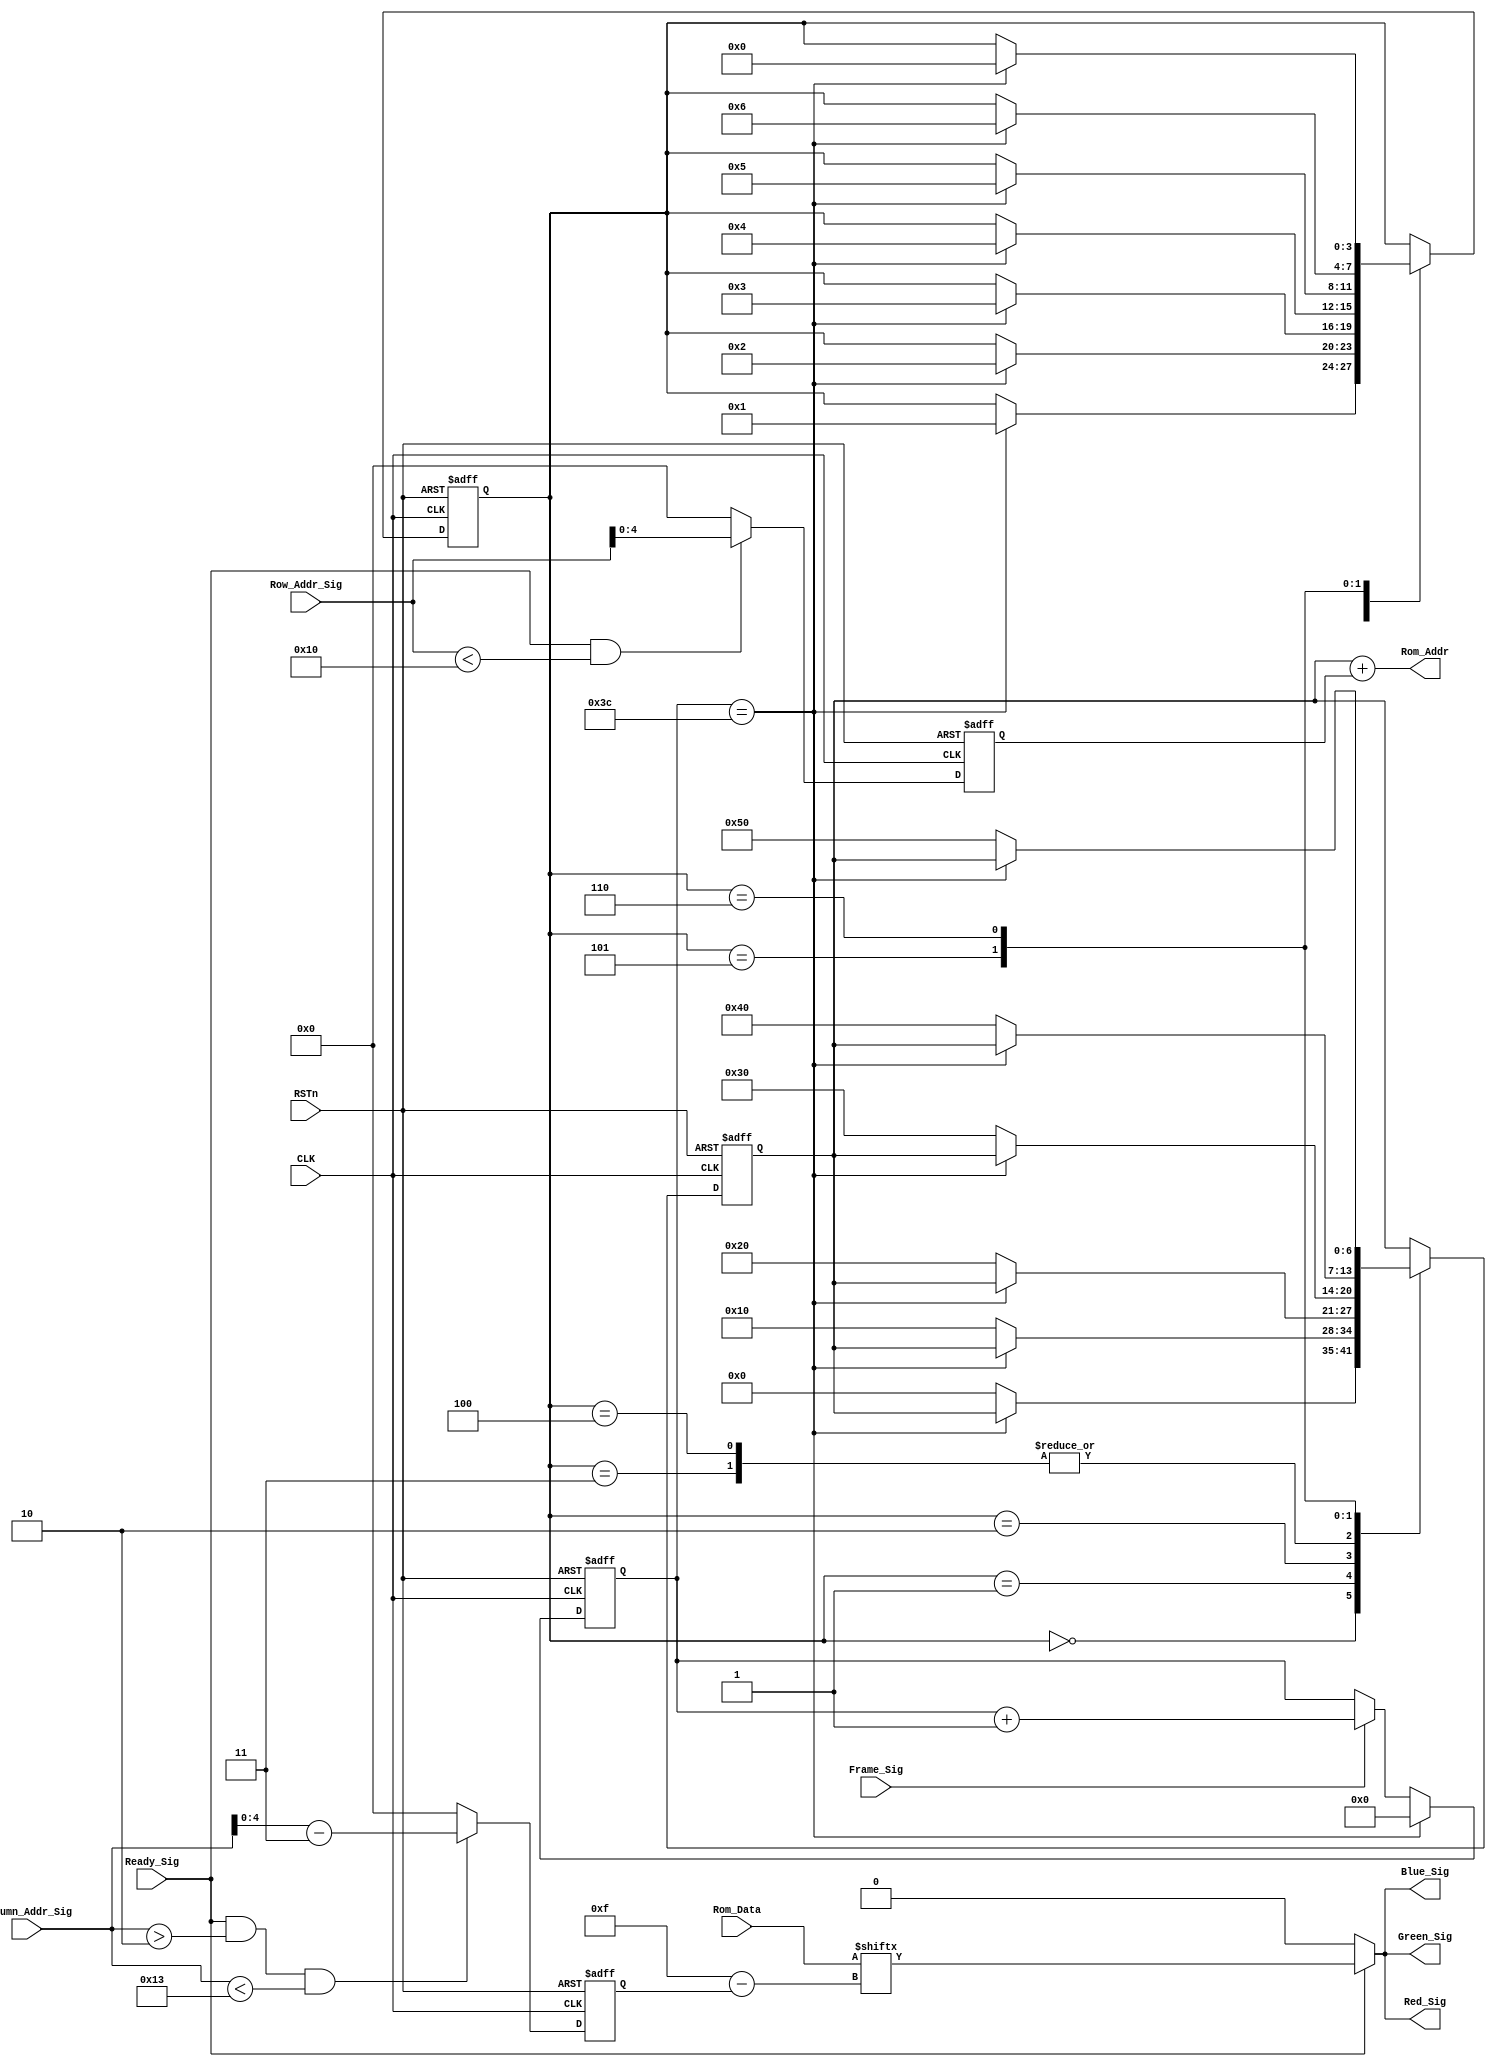
module vga_control_module
(
    CLK, RSTn,
	 Ready_Sig, Frame_Sig, Column_Addr_Sig, Row_Addr_Sig,
	 Rom_Data, Rom_Addr,
	 Red_Sig, Green_Sig, Blue_Sig
);
    input CLK;
	 input RSTn;
	 input Ready_Sig;
	 input Frame_Sig;
	 input [10:0]Column_Addr_Sig;
	 input [10:0]Row_Addr_Sig;
	 
	 input [15:0]Rom_Data;
	 output [6:0]Rom_Addr;
	 
	 output Red_Sig;
	 output Green_Sig;
	 output Blue_Sig;
	 
	 /************************************/
	 
	 reg [4:0]m;
	
	 always @ ( posedge CLK or negedge RSTn )
	     if( !RSTn )
		      m <= 5'd0;
		  else if( Ready_Sig && Row_Addr_Sig < 16 )
		      m = Row_Addr_Sig[4:0] ;
		  else
		      m = 5'd0;
				
	 reg [4:0]n;
	
	 always @ ( posedge CLK or negedge RSTn )
	     if( !RSTn )
		      n <= 5'd0;
		  else if( Ready_Sig && Column_Addr_Sig > 2 && Column_Addr_Sig < 19 )
		      n = Column_Addr_Sig[4:0] - 5'd3;
		  else
		      n = 5'd0;
			  
	 /**********************************/
	 
	 parameter FRAME = 10'd60;
	 
	 /**********************************/
	 
	 reg [9:0]Count_Frame;

	 always @ ( posedge CLK or negedge RSTn )
	     if( !RSTn )
            Count_Frame <= 10'd0;
		  else if( Count_Frame == FRAME )
		      Count_Frame <= 10'd0;
		  else if( Frame_Sig )
		      Count_Frame <= Count_Frame + 1'b1;
	
    /************************************/	
		      
	 reg [6:0]rAddr;
	 reg [3:0]i;
	 
	 always @ ( posedge CLK or negedge RSTn )
	     if( !RSTn )
		      begin
		          rAddr <= 7'd0;
					 i <= 4'd0;
			   end
		  else
		      case ( i )
				
				    4'd0 : 
					 if( Count_Frame == FRAME ) i <= 4'd1; 
					 else rAddr <= 7'd0;
					 
					 4'd1 :
					 if( Count_Frame == FRAME ) i <= 4'd2;
					 else rAddr <= 7'd16;
					 
					 4'd2 :
					 if( Count_Frame == FRAME ) i <= 4'd3;
					 else rAddr <= 7'd32;
					 
					 4'd3 :
					 if( Count_Frame == FRAME ) i <= 4'd4;
					 else rAddr <= 7'd48;
				    
					 4'd4 :
					 if( Count_Frame == FRAME ) i <= 4'd5;
					 else rAddr <= 7'd48;
					 
					 4'd5 :
					 if( Count_Frame == FRAME ) i <= 4'd6;
					 else rAddr <= 7'd64;
					 
					 4'd6 :
					 if( Count_Frame == FRAME ) i <= 4'd0;
					 else rAddr <= 7'd80;
					 
				endcase
				
	 /************************************/
	
    assign Rom_Addr = rAddr + m;
	
	 assign Red_Sig = Ready_Sig ? Rom_Data[ 5'd15 - n ] : 1'b0;
	 assign Green_Sig = Ready_Sig ? Rom_Data[ 5'd15 - n ] : 1'b0;
	 assign Blue_Sig = Ready_Sig ? Rom_Data[ 5'd15 - n ] : 1'b0;
	 
	/***********************************/
	 

endmodule